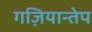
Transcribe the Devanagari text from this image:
गज़ियान्तेप